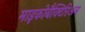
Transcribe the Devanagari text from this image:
माइकोबैक्टिरिअम